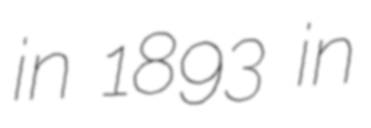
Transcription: in 1893 in